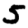
Digit: 5